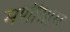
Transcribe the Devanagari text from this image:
मणीग्राम